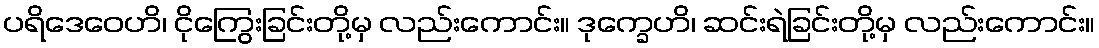
ပရိဒေဝေဟိ၊ ငိုကြွေးခြင်းတို့မှ လည်းကောင်း။ ဒုက္ခေဟိ၊ ဆင်းရဲခြင်းတို့မှ လည်းကောင်း။